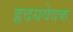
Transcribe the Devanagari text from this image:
हृदयवेदक